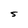
Character: S